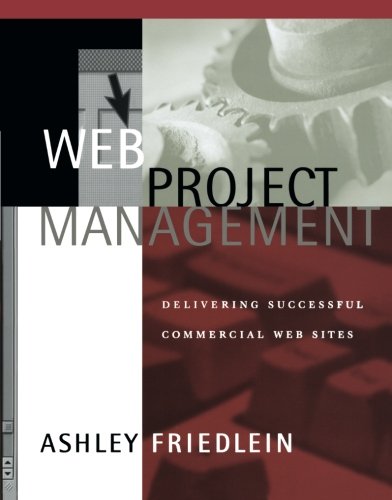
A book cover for Web Project Management: Delivering Successful Commercial Web Sites; Ashley Friedlein; Computers & Technology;